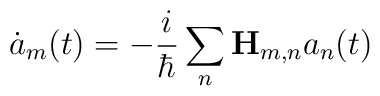
\dot a_m(t)=-\frac i\hbar \sum_n{\bf H}_{m,n}a_n(t)